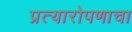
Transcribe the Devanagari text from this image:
प्रत्यारोपणाचा